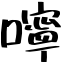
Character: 嚀